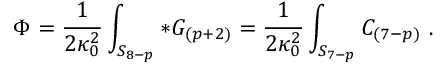
\Phi = { \frac { 1 } { 2 \kappa _ { 0 } ^ { 2 } } } \int _ { S _ { 8 - p } } * G _ { ( p + 2 ) } = { \frac { 1 } { 2 \kappa _ { 0 } ^ { 2 } } } \int _ { S _ { 7 - p } } C _ { ( 7 - p ) } \ .